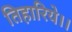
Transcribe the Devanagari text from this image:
तिहारिये।।